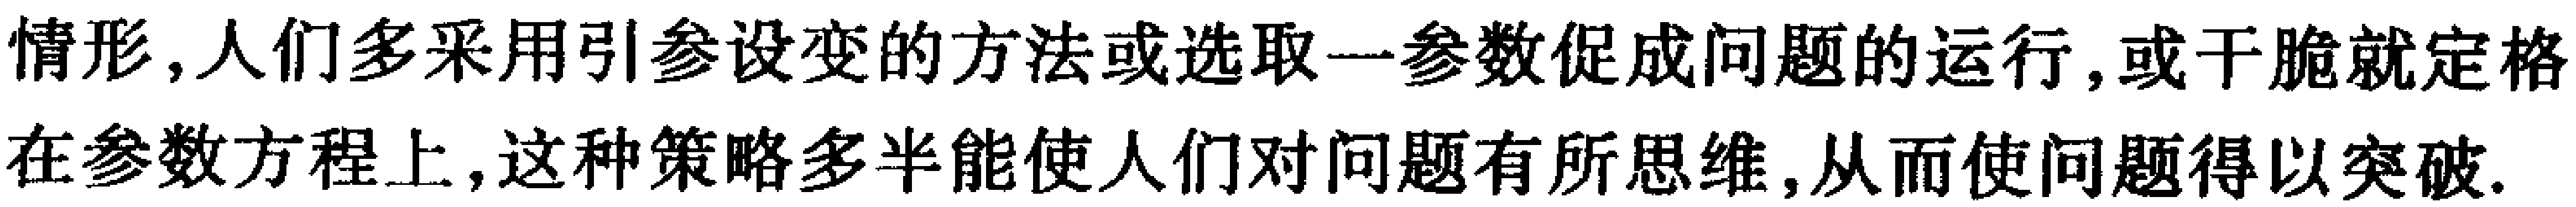
情形，人们多采用引参设变的方法或选取一参数促成问题的运行，或干脆就定格在参数方程上，这种策略多半能使人们对问题有所思维，从而使问题得以突破.